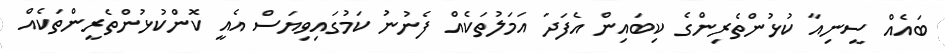
ބައެއް ސީނިއާ ކުޅުންތެރިންގެ ކިބައިން އެފަދަ އަމަލުތަކެއް ފެނުނު ކަމުގައިވިޔަސް އެއީ ކޮންކުޅުންތެރީންތަކެއް